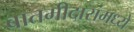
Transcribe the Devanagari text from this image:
बातमीदारांमध्ये